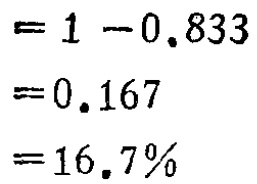
\[

\begin{align*}

&=1 - 0.833\\

&=0.167\\

&=16.7\%

\end{align*}

\]